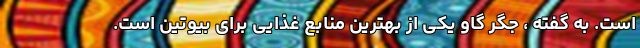
است. به گفته ، جگر گاو یکی از بهترین منابع غذایی برای بیوتین است.